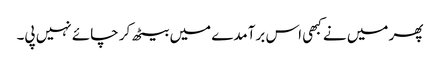
پھر میں نے کبھی اس برآمدے میں بیٹھ کر چائے نہیں پی۔